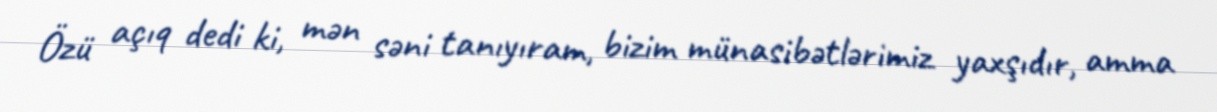
Özü açıq dedi ki, mən səni tanıyıram, bizim münasibətlərimiz yaxşıdır, amma